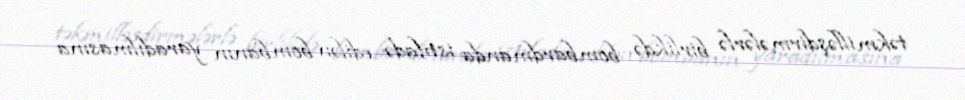
təkmilləşdirmələrlə birlikdə bombardmanda istifadə edilən bombanın yaradılmasına